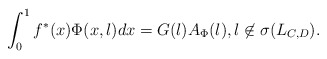
\begin{align*} \int_0^1 f^*(x) \Phi(x,\l) dx = G(\l) A_{\Phi}(\l), \l \not \in \sigma(L_{C,D}).\end{align*}